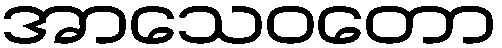
အာသေဝတော